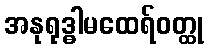
အနုရုဒ္ဓါမထေရ်ဝတ္ထု